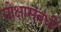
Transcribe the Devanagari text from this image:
मोक्षासंबंधी